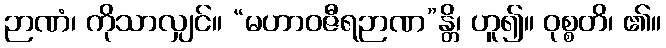
ဉာဏံ၊ ကိုသာလျှင်။ “မဟာဝဇီရဉာဏ”န္တိ၊ ဟူ၍။ ဝုစ္စတိ၊ ၏။